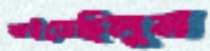
ক্ষইতেছিলুম